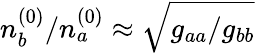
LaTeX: n_{b}^{(0)}/n_{a}^{(0)}\approx\sqrt{g_{aa}/g_{bb}}